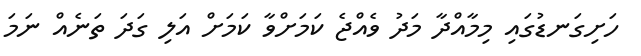
ހަށިގަނޑުގައި މިމާއްދާ މަދު ވެއްޖެ ކަމަށްވާ ކަމަށް އަލި ގަދަ ތަނެއް ނަމަ